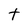
Character: t